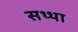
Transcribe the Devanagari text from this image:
सथ्था